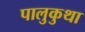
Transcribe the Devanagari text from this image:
पालुकुथा